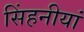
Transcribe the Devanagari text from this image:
सिंहनीयां